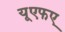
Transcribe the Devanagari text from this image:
यूएफए